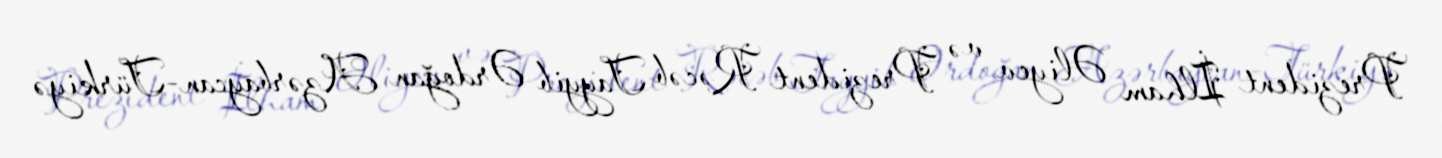
Prezident İlham Əliyev və Prezident Rəcəb Tayyib Ərdoğan Azərbaycan-Türkiyə